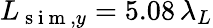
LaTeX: L_{\mathrm{~s~i~m~},y}=5.08\, \lambda_{L}